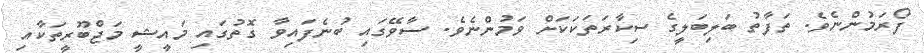
ފޯރަމުންނެވެ. ތަފާތު ބަލިބަލީގެ ސިކާރަތަކަކަށް ވަމުންނެވެ. ސާވޭގައި ބުނެފައިވާ ގޮތުގައި މައީޝީ މަޖްބޫރީތަކާއި